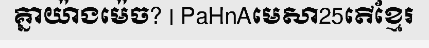
គ្នាយ៉ាងម៉េច? | PaHnAមេសា25តើខ្មែរ